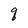
Character: q